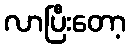
လာပြီးတော့